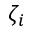
\zeta _ { i }